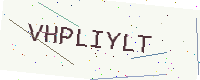
Text: VHPLIYLT